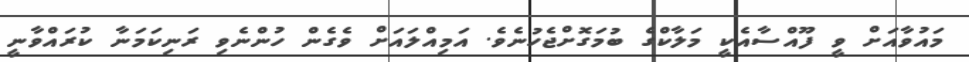
މައުވާއަށް ވީ ފޫއްސާއެކީ މަލާކްގެ ބުމަގޮށްޖެހުނެވެ. އަމިއްލައަށް ވެގެން ހުންނެވި ރަނިކަމަނާ ކުރައްވާނީ